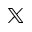
\mathbb { X }